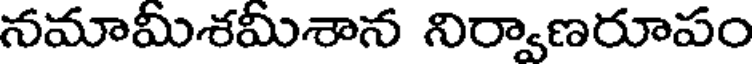
నమామీశమీశాన నిర్వాణరూపం